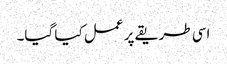
اسی طریقے پر عمل کیا گیا۔